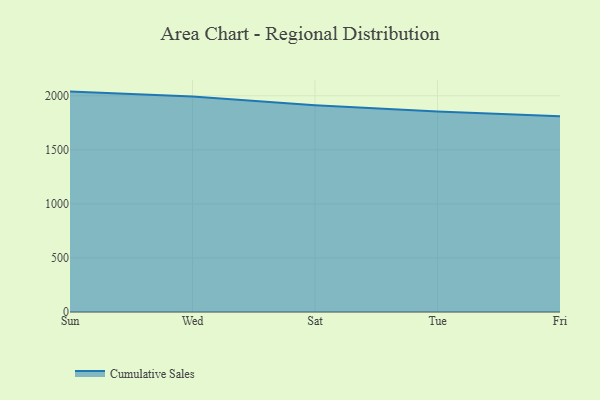
{"axis": {"x": "Day", "y": "Market Share (%)"}, "legend": ["Cumulative Sales"], "data": [{"x": "Sun", "y": 2038.2, "type": "Cumulative Sales"}, {"x": "Wed", "y": 1992.6, "type": "Cumulative Sales"}, {"x": "Sat", "y": 1912.6, "type": "Cumulative Sales"}, {"x": "Tue", "y": 1853.6, "type": "Cumulative Sales"}, {"x": "Fri", "y": 1810.8, "type": "Cumulative Sales"}]}